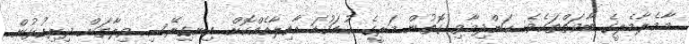
މާމެލާމެލީގެ ބާވަތްތަކެވެ. ކަންދިމާވި ގޮތުން މަރީގެ ކުޑަކުޑަ އާއިލާއެއްކޮށް އިނގިރޭސި ވިލާތަށް ދިރިއުޅުން